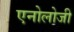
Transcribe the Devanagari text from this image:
एनोलोजी